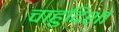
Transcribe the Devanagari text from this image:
चाहुदिशा